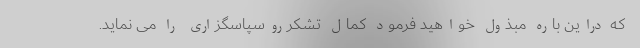
که دراین باره مبذول خواهید فرمود کمال تشکرروسپاسگزاری را می نماید.